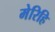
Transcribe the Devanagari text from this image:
मेरिहि